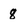
Character: 8